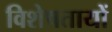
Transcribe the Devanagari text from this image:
विशेषतायों